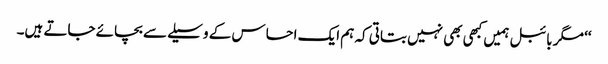
‘‘ مگر بائبل ہمیں کبھی بھی نہیں بتاتی کہ ہم ایک احساس کے وسیلے سے بچائے جاتے ہیں۔